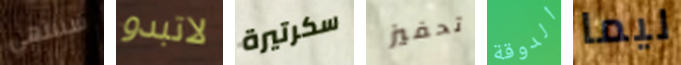
سننتهي لاتبدو سكرتيرة تحفيز الدوقة ليما